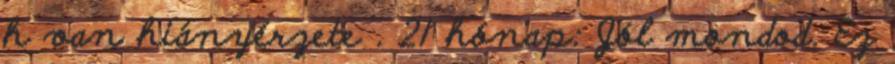
h van hiányérzete . 21 hónap: Jól mondod. Ez